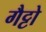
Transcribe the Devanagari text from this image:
गैट्टो